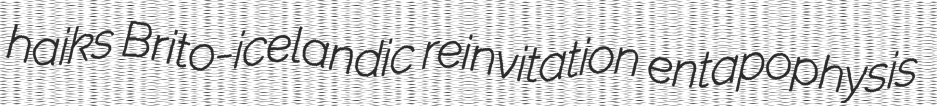
haiks Brito-icelandic reinvitation entapophysis